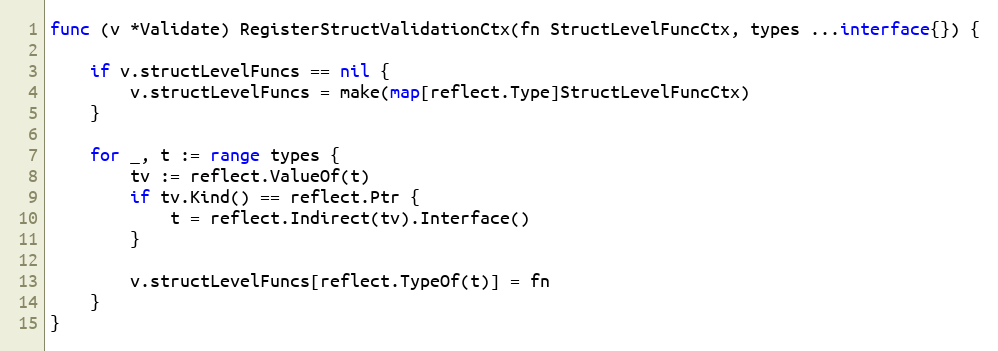
Language: Go
func (v *Validate) RegisterStructValidationCtx(fn StructLevelFuncCtx, types ...interface{}) {

	if v.structLevelFuncs == nil {
		v.structLevelFuncs = make(map[reflect.Type]StructLevelFuncCtx)
	}

	for _, t := range types {
		tv := reflect.ValueOf(t)
		if tv.Kind() == reflect.Ptr {
			t = reflect.Indirect(tv).Interface()
		}

		v.structLevelFuncs[reflect.TypeOf(t)] = fn
	}
}